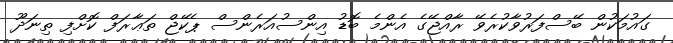
ގައުމަކުން ބޭސްފަރުވާކުރެވޭ ރާއްޖޭގެ އެންމެ ބޮޑު އިންސުއަރެންސް ޕެކޭޖް ތަޢާރަފް ކޮށްފި ތިނަދޫ